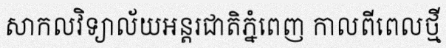
សាកលវិទ្យាល័យអន្តរជាតិភ្នំពេញ កាលពីពេលថ្មី